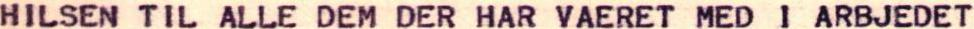
VOR FOERSTE TV UDSENDELSE I GAAR GIK GODT